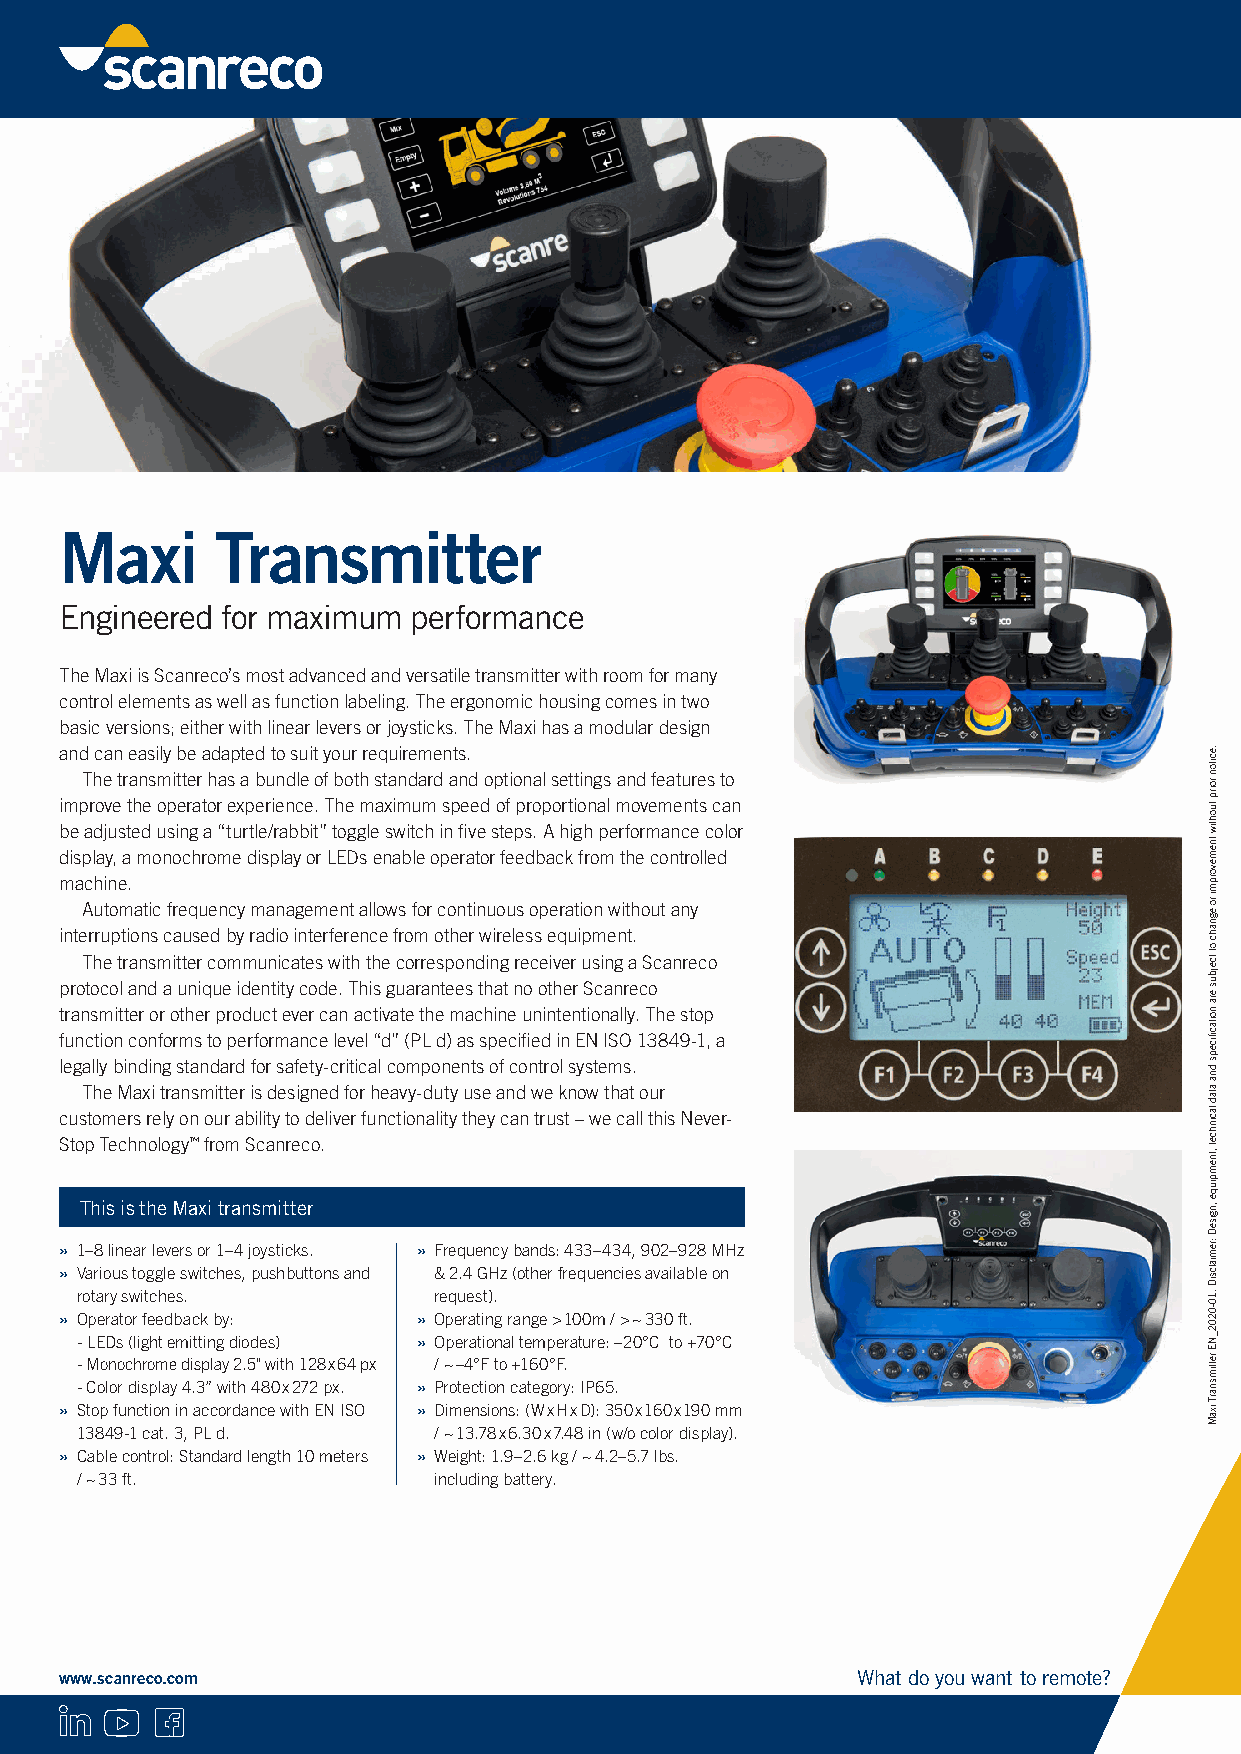
Maxi      Transmitter
 Engineered for maximum performance
 The Maxi is Scanreco’s most advanced and versatile transmitter with room for many
 control elements as well as function labeling. The ergonomic housing comes in two
 basic versions; either with linear levers or joysticks. The Maxi has a modular design
 and can easily be adapted to suit your requirements.
 The transmitter has a bundle of both standard and optional settings and features to
 improve the operator experience. The maximum speed of proportional movements can
 be adjusted using a “turtle/rabbit” toggle switch in five steps. A high performance color
 display, a monochrome display or LEDs enable operator feedback from the controlled
 machine.
 Automatic frequency management allows for continuous operation without any
 interruptions caused by radio interference from other wireless equipment.
 The transmitter communicates with the corresponding receiver using a Scanreco
 protocol and a unique identity code. This guarantees that no other Scanreco
 transmitter or other product ever can activate the machine unintentionally. The stop
 function conforms to performance level “d” (PL d) as specified in EN ISO 13849-1, a
 legally binding standard for safety-critical components of control systems.
 The Maxi transmitter is designed for heavy-duty use and we know that our
 customers rely on our ability to deliver functionality they can trust – we call this Never-
 Stop Technology™ from Scanreco.
 This is the Maxi transmitter
 » 1–8 linear levers or 1–4 joysticks. » Frequency bands: 433–434, 902–928 MHz
 » Various toggle switches, pushbuttons and & 2.4 GHz (other frequencies available on
 rotary switches.        request).
 » Operator feedback by: » Operating range > 100m / > ~ 330 ft.
 - LEDs (light emitting diodes) » Operational temperature: –20°C to +70°C
 - Monochrome display 2.5" with 128 x 64 px / ~ –4°F to +160°F.
 - Color display 4.3” with 480 x 272 px. » Protection category: IP65.
 » Stop function in accordance with EN ISO » Dimensions: (W x H x D): 350 x 160 x 190 mm
 13849-1 cat. 3, PL d.   / ~ 13.78 x 6.30 x 7.48 in (w/o color display).
 » Cable control: Standard length 10 meters » Weight: 1.9–2.6 kg / ~ 4.2–5.7 lbs.
 / ~ 33 ft.              including battery.
 www.scanreco.com                                     What do you want to remote?
 .eciton
 roirp
 tuohtiw
 tnemevorpmi
 ro egnahc
 ot
 tcejbus
 era
 noitacfiiceps
 dna
 atad
 lacinhcet
 ,tnempiuqe
 ,ngiseD
 :remialcsiD
 .10-0202_NE
 rettimsnarT
 ixaM